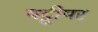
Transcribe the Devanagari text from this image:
पट्टीपर